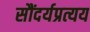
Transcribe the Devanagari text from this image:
सौंदर्यप्रत्यय